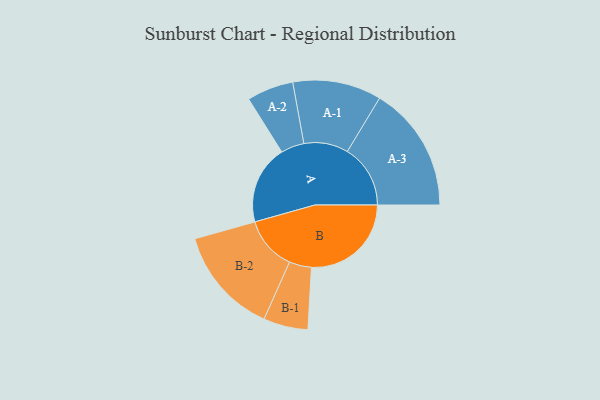
{"axis": {"x": "Segment", "y": "Value"}, "legend": ["", "A", "B"], "data": [{"x": "A", "y": 375, "type": ""}, {"x": "B", "y": 475, "type": ""}, {"x": "A-1", "y": 211, "type": "A"}, {"x": "A-2", "y": 111, "type": "A"}, {"x": "A-3", "y": 300, "type": "A"}, {"x": "B-1", "y": 106, "type": "B"}, {"x": "B-2", "y": 256, "type": "B"}]}